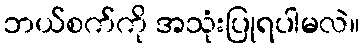
ဘယ်စက်ကို အသုံးပြုရပါမလဲ။